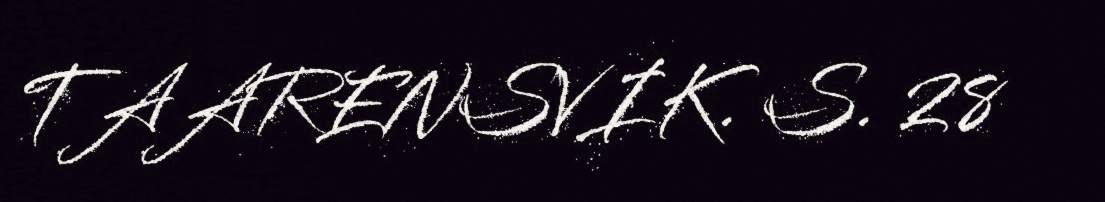
TAARENSVIK. S. 28